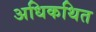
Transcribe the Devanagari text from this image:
अधिकथित